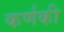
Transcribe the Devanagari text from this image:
कर्णकी